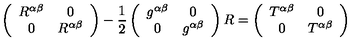
\left( \begin{array} { c c } { R ^ { \alpha \beta } } & { 0 } \\ { 0 } & { R ^ { \alpha \beta } } \\ \end{array} \right) - \frac { 1 } { 2 } \left( \begin{array} { c c } { g ^ { \alpha \beta } } & { 0 } \\ { 0 } & { g ^ { \alpha \beta } } \\ \end{array} \right) R = \left( \begin{array} { c c } { T ^ { \alpha \beta } } & { 0 } \\ { 0 } & { T ^ { \alpha \beta } } \\ \end{array} \right)